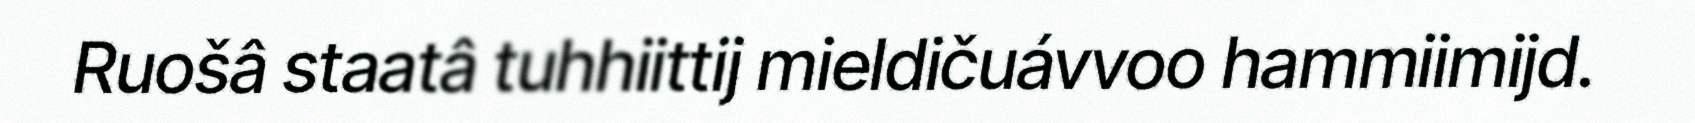
Ruošâ staatâ tuhhiittij mieldičuávvoo hammiimijd.